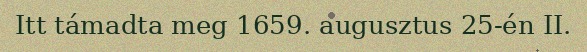
Itt támadta meg 1659. augusztus 25-én II.